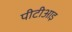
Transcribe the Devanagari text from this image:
पीटीआइ